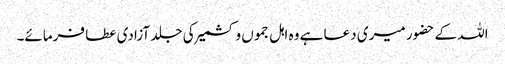
اللہ کے حضور میری دعا ہے وہ اہل جموں و کشمیر کی جلد آزادی عطا فرمائے۔